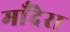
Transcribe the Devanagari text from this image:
माँदेरा